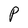
Character: P